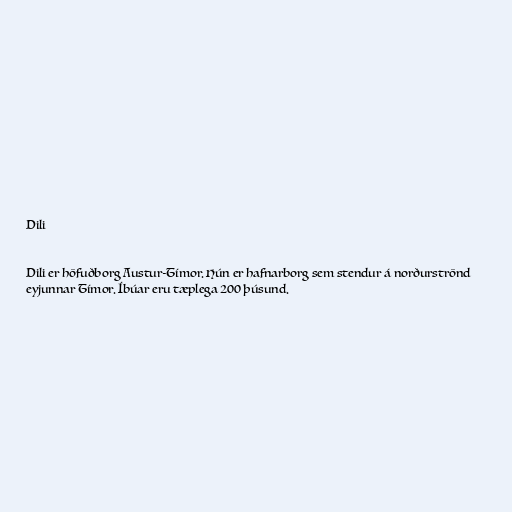
Dili

Dili er höfuðborg Austur-Tímor. Hún er hafnarborg sem stendur á norðurströnd
eyjunnar Tímor. Íbúar eru tæplega 200 þúsund.